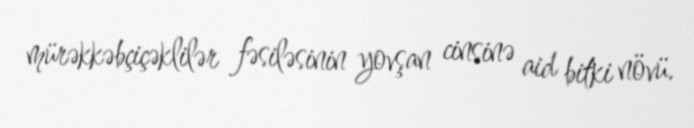
mürəkkəbçiçəklilər fəsiləsinin yovşan cinsinə aid bitki növü.